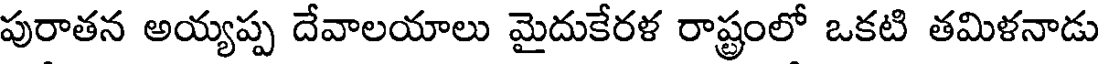
పురాతన అయ్యప్ప దేవాలయాలు మైదుకేరళ రాష్ట్రంలో ఒకటి తమిళనాడు